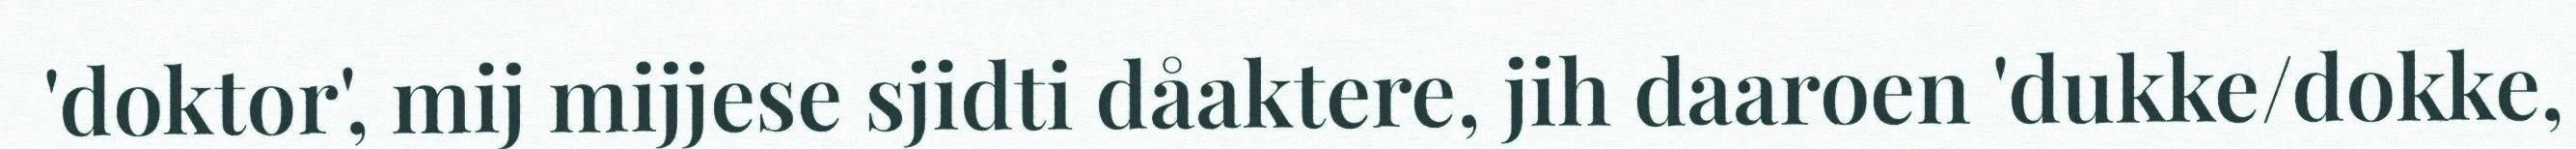
'doktor', mij mijjese sjidti dåaktere, jih daaroen 'dukke/dokke,